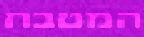
המטבח